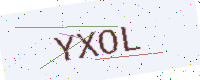
Text: YXOL